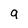
Character: 9